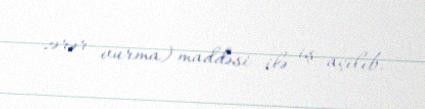
zərər vurma) maddəsi ilə iş açılıb.